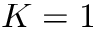
K = 1